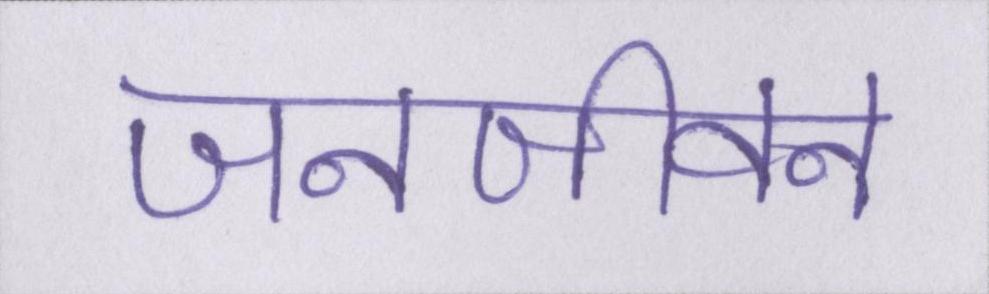
जनजीवन